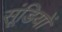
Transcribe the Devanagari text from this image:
सूंडियों